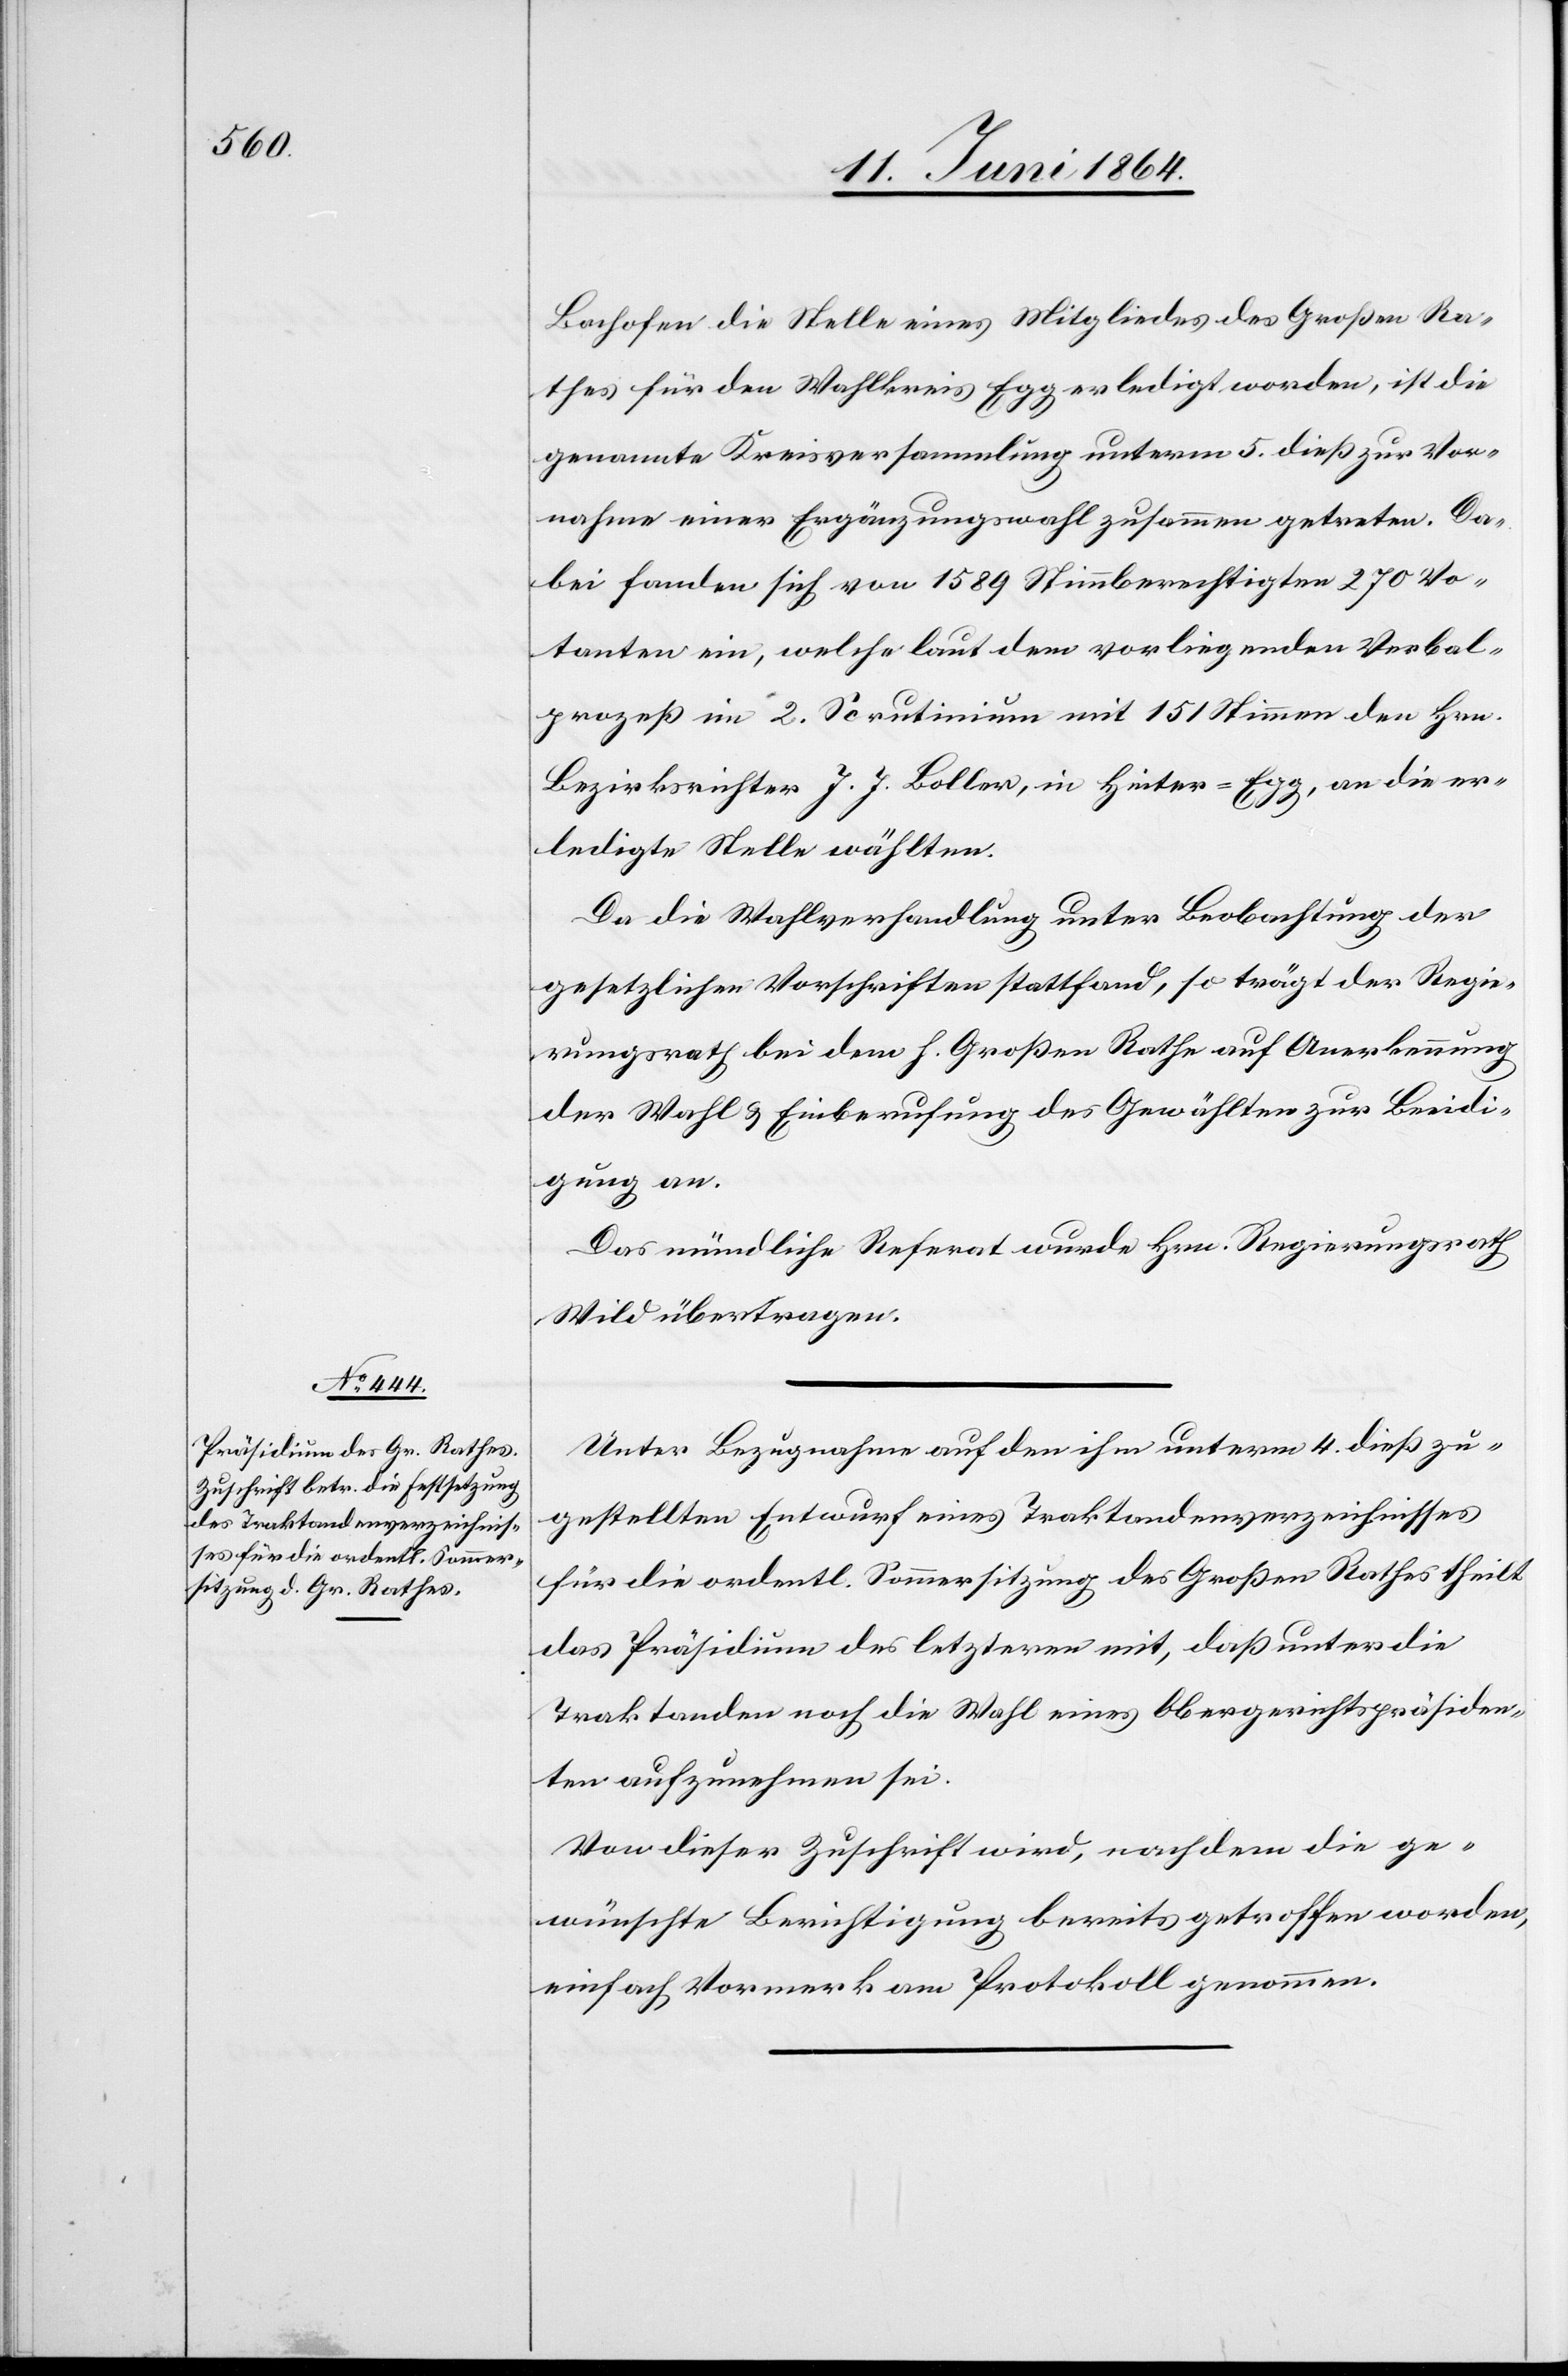
Bachofen die Stelle eines Mitgliedes des Großen Ra¬
thes für den Wahlkreis Egg erledigt worden, ist die
genannte Kreisversammlung unterm 5. dieß zur Vor¬
nahme einer Ergänzungswahl zusammen getreten. Da¬
bei fanden sich von 1589 Stimmberechtigten 270 Vo¬
tanten ein, welche laut dem vorliegenden Verbal¬
prozeß im 2. Scrutinium mit 151 Stimmen den Hrn.
Bezirksrichter J. J. Boller, in Hinter-Egg, an die er¬
ledigte Stelle wählten.
Da die Wahlverhandlung unter Beobachtung der
gesetzlichen Vorschriften stattfand, so trägt der Regie¬
rungsrath bei dem h. Großen Rathe auf Anerkennung
der Wahl u. Einberufung des Gewählten zur Beeidi¬
gung an.
Das mündliche Referat wurde Hrn. Regierungsrath
Wild übertragen.
Unter Bezugnahme auf den ihm unterm 4. dieß zu¬
gestellten Entwurf eines Traktandenverzeichnisses
für die ordentl. Sommersitzung des Großen Rathes theilt
das Präsidium des letzteren mit, daß unter die
Traktanden noch die Wahl eines Obergerichtspräsiden¬
ten aufzunehmen sei.
Von dieser Zuschrift wird, nachdem die ge¬
wünschte Berichtigung bereits getroffen worden,
einfach Vormerk am Protokoll genommen.